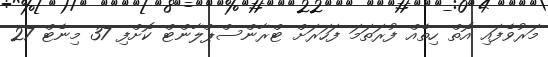
މަރުވެފައި އޮތް ހިތެއް ފުރަތަމަ ފަހަރަށް ޓްރާންސްޕްލާންޓް ކޮށްފި 37 މިނެޓް 27